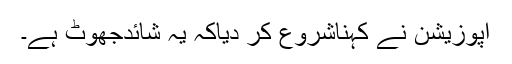
اپوزیشن نے کہناشروع کر دیاکہ یہ شائدجھوٹ ہے۔